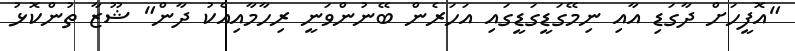
"އޮފީހަށް ދާގަޑި އާއި ނިމޭގަޑީގަޑީގައި އަހަރެން ބޭނުންވަނީ ރިހާމާއިއެކު ދާން" ޝޫޒާ ތުންކޮޅު